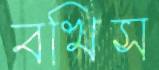
বখিস